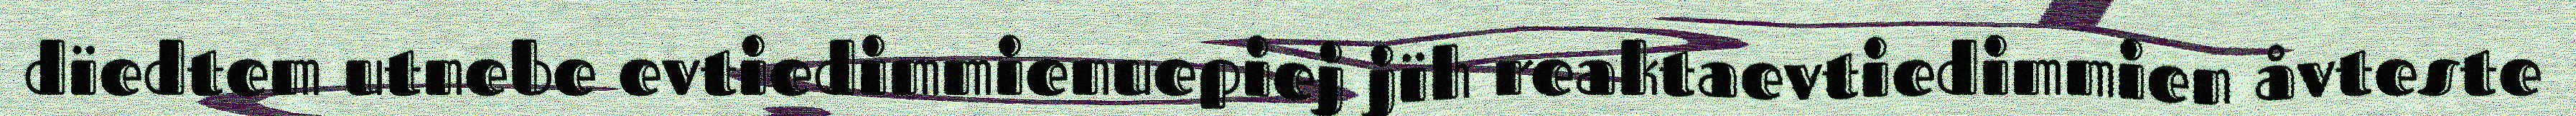
dïedtem utnebe evtiedimmienuepiej jïh reaktaevtiedimmien åvteste